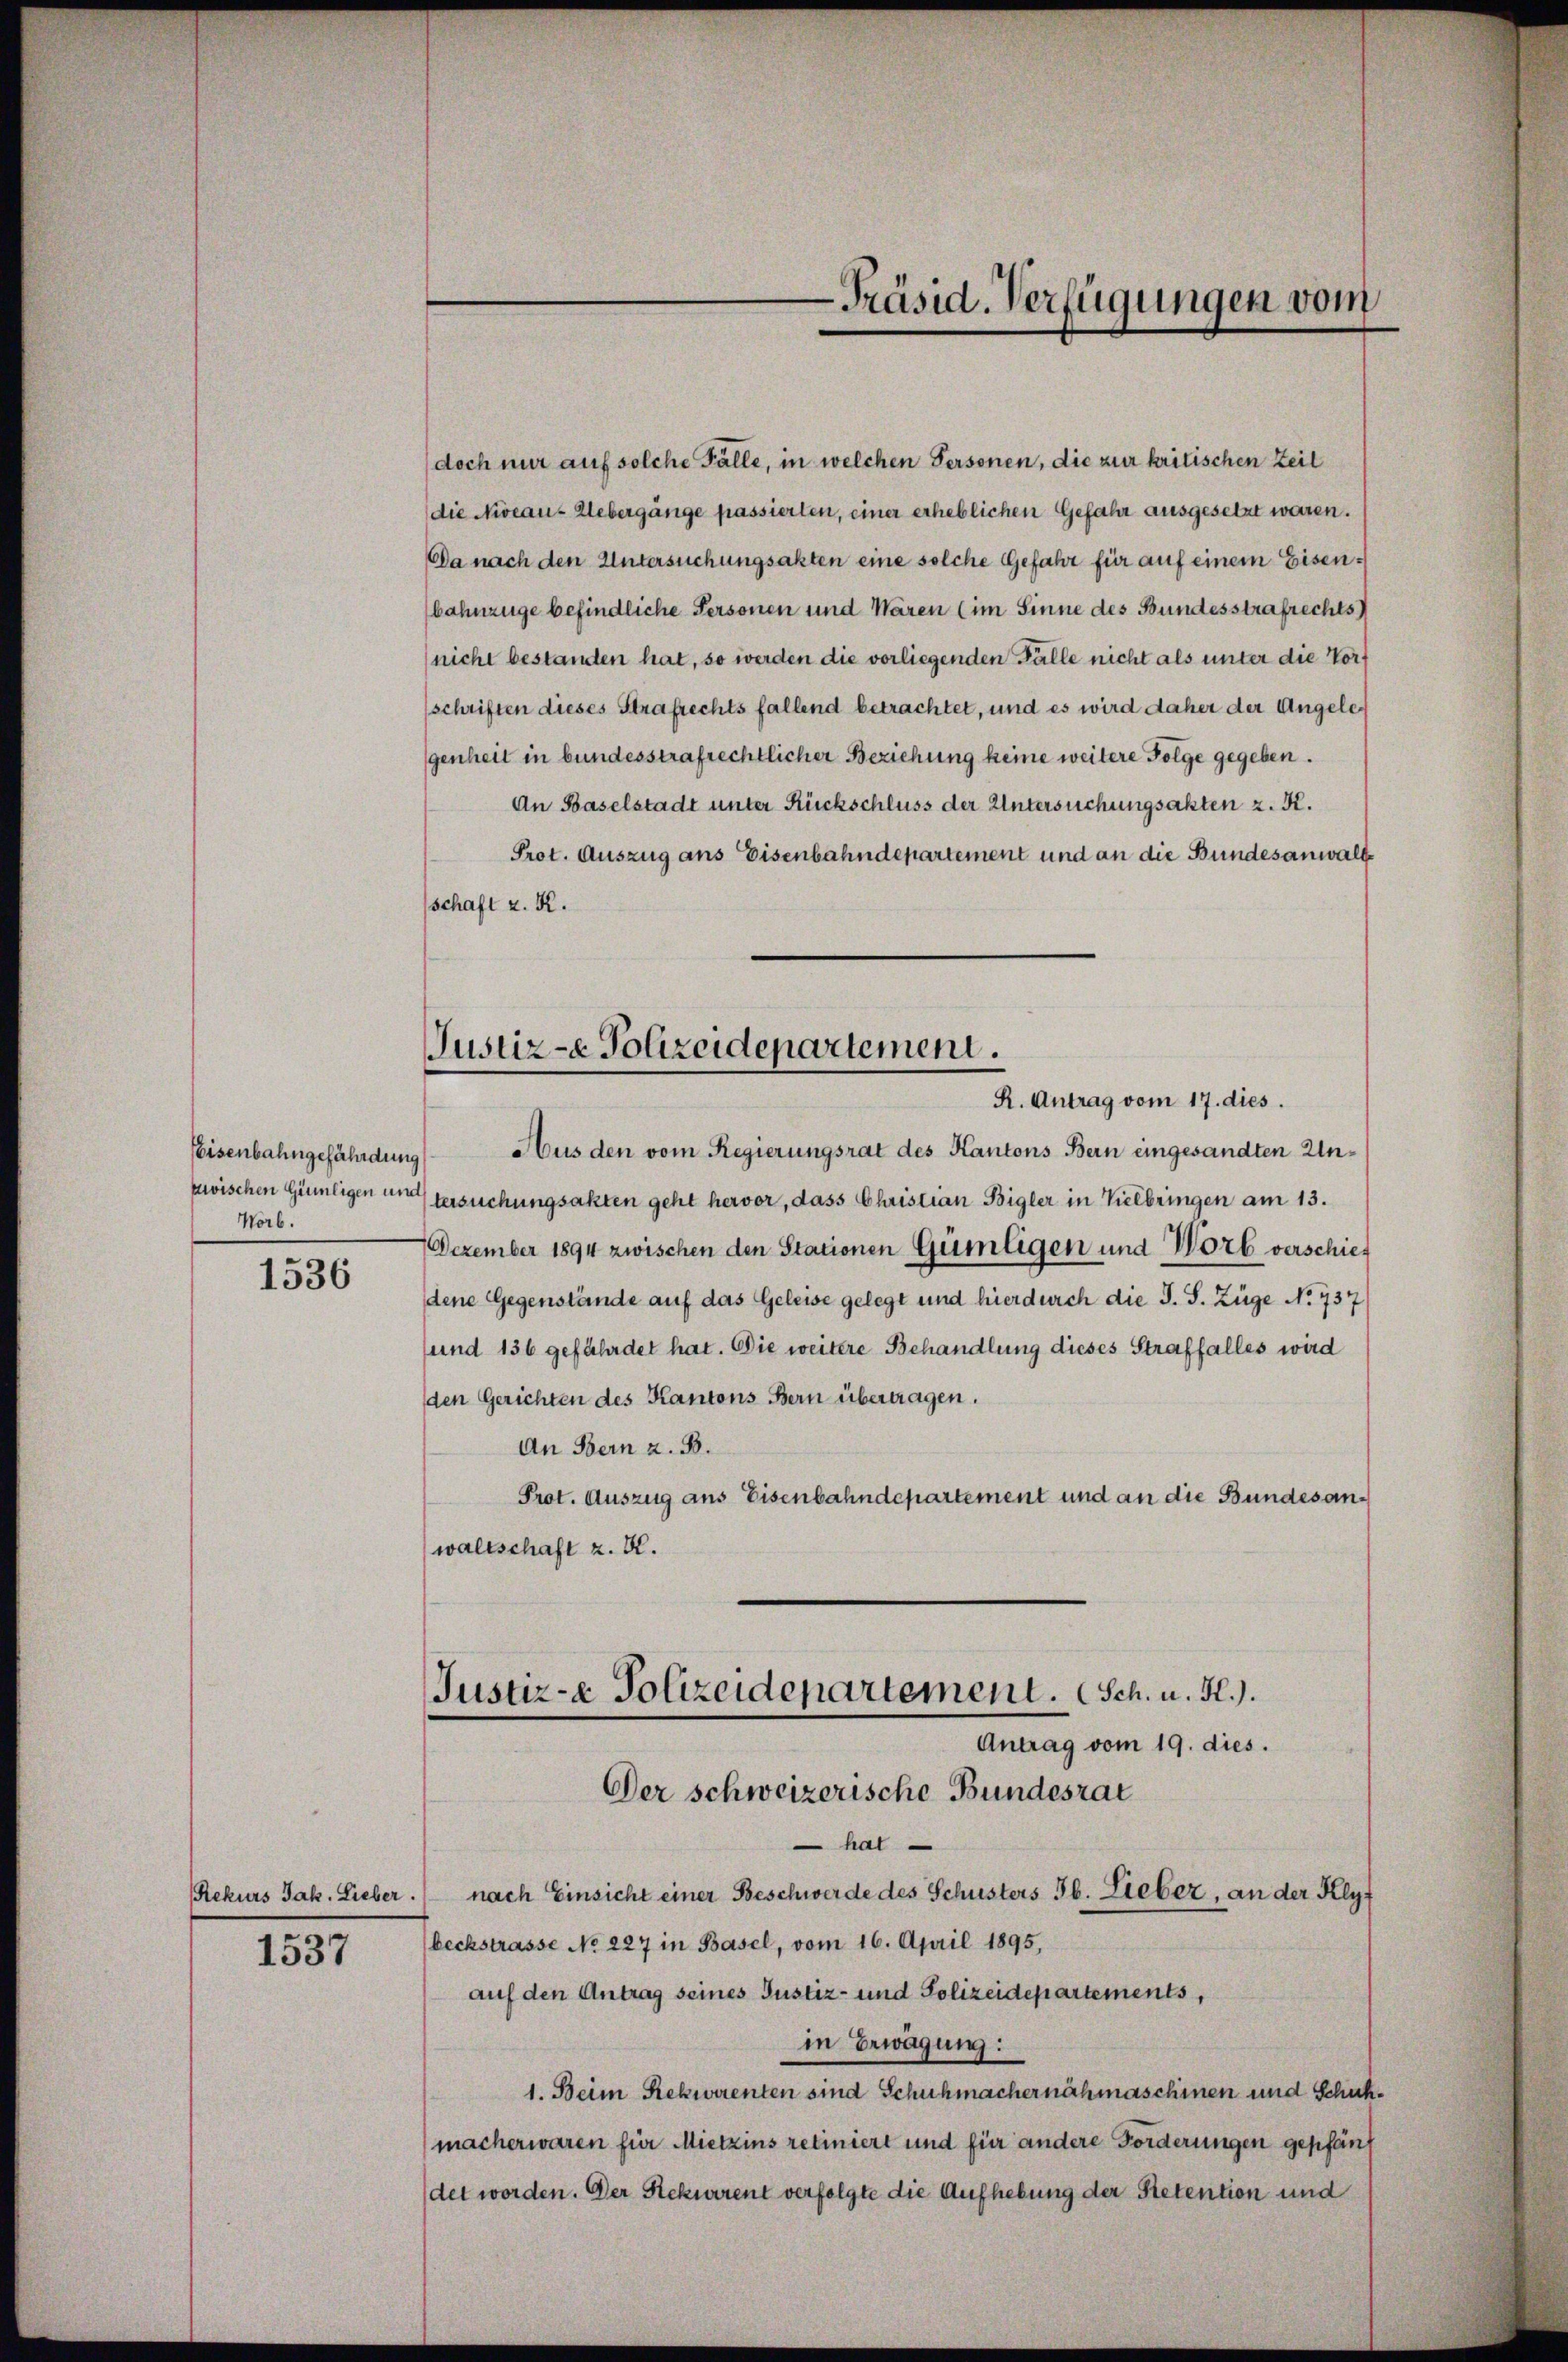
Eisenbahngefährdung
Worb.

1536

Rekurs Jak. Lieber.

1537

doch nur auf solche Fälle, in welchen Personen, die zur kritischen Zeit
(die Niveau-Uebergänge passierten, einer erheblichen Gefahr ausgesetzt waren.
Da nach den Untersuchungsakten eine solche Gefahr für auf einem Eisenbahnzüge befindliche Personen und Waren (im Sinne des Bundesstrafrechts
(nicht bestanden hat, so werden die vorliegenden Fälle nicht als unter die Vorschriften dieses Strafrechts fallend betrachtet, und es wird daher der Angelegenheit in bundesstrafrechtlicher Beziehung keine weitere Folge gegeben.
An Baselstadt unter Rückschluss der Untersuchungsakten z. K.
Prot. Auszug ans Eisenbahndepartement und an die Bundesanwalt
schaft z. K.
Aus den vom Regierungsrat des Kantons Bern eingesandten Unzwischen Günligen untersuchungsakten geht hervor, dass Christian Bigler in Kelbringen am 13.
7 Dezember 1894 zwischen den Stationen Gümligen und Wort verschief
dene Gegenstände auf das Geleise gelegt und hierdurch die S. S. Züge No 737
sund 136 gefährdet hat. Die weitere Behandlung dieses Straffalles wird
den Gerichten des Kantons Bern übertragen.
An Bern z. B.
Prot. Auszug aus Eisenbahndepartement und an die Bundesanwaltschaft z. B.
Justiz- & Polizeidepartement. Sch. u. H.).
Antrag vom 19. dies.
Der schweizerische Bundesrat
hat
nach Einsicht einer Beschwerde des Schusters Jb. Lieber, an der Klyt
beckstrasse No 227 in Basel, vom 16. April 1895,
auf den Antrag seines Justiz- und Polizeidepartements,
in Erwägung:
1. Beim Rekwarenten sind Schuhmachernähmaschinen und Schuhmacherwaren für Mietzins retiniert und für andere Forderungen gepfänf
det worden. Der Rekurrent verfolgte die Aufhebung der Retention und

-Präsid. Verfügungen vom

Justiz-e Polizeidepartement.
R. Antrag vom 17. dies.